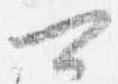
可